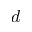
d